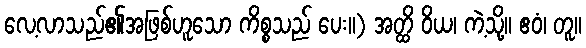
လေ့လာသည်၏အဖြစ်ဟူသော ကိစ္စသည် ပေး။) အတ္ထိ ဝိယ၊ ကဲ့သို့။ ဧဝံ၊ တူ။